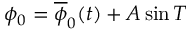
\phi _ { 0 } = \overline { { \phi } } _ { 0 } ( t ) + A \sin T